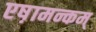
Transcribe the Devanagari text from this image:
एष़ामन्कम्